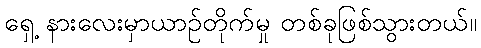
ရှေ့ နားလေးမှာယာဉ်တိုက်မှု တစ်ခုဖြစ်သွားတယ်။